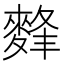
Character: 䴶